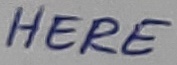
Text: HERE